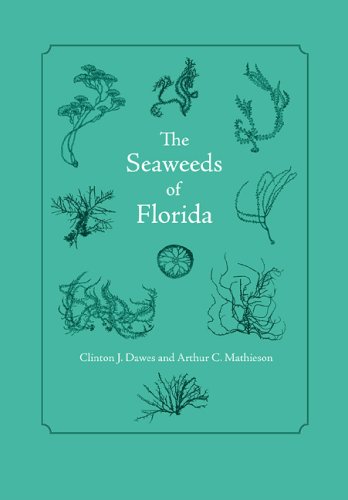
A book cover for The Seaweeds of Florida; Clinton J. Dawes; Science & Math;